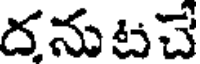
దను టచే